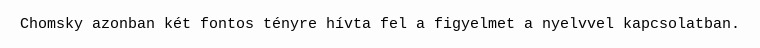
Chomsky azonban két fontos tényre hívta fel a figyelmet a nyelvvel kapcsolatban.